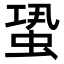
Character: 𧋳